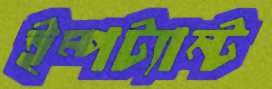
ইম্পট্যান্ট